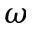
\omega